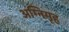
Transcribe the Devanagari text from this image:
अग्निगृह